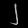
Digit: ၂